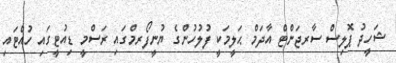
ޝަހީދު ޕޮލިސް ސާރޖަންޓް އާދަމް ޙަލީމަކީ ފުލުހުންގެ ޔުނީފޯރމްގައި ރަސްމީ ޑިއުޓީގައި ހުއްޓައި